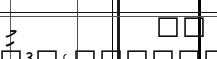
٥٠         މި